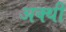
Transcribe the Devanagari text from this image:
अक्थी